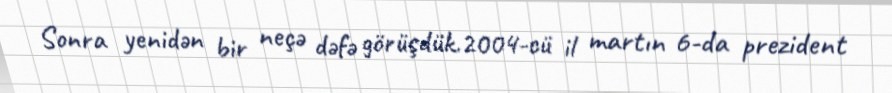
Sonra yenidən bir neçə dəfə görüşdük.2004-cü il martın 6-da prezident